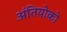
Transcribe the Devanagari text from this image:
अंतियोको